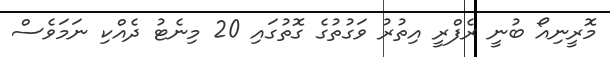
މޮރީނިއޯ ބުނީ ރެފްރީ އިތުރު ވަގުތުގެ ގޮތުގައި 20 މިނެޓު ދެއްކި ނަމަވެސް